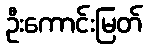
ဦးကောင်းမြတ်